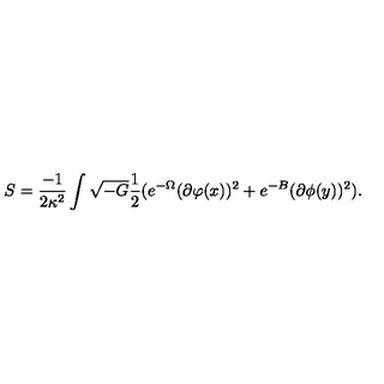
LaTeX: S = \frac { - 1 } { 2 \kappa ^ { 2 } } \int \sqrt { - G } \frac { 1 } { 2 } ( e ^ { - \Omega } ( \partial \varphi ( x ) ) ^ { 2 } + e ^ { - B } ( \partial \phi ( y ) ) ^ { 2 } ) .